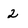
Character: 2